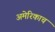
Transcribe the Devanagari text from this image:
अमेरिकाच